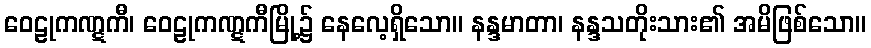
ဝေဠုကဏ္ဋကီ၊ ဝေဠုကဏ္ဋကီမြို့၌ နေလေ့ရှိသော။ နန္ဒမာတာ၊ နန္ဒသတိုးသား၏ အမိဖြစ်သော။